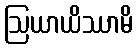
ဩယာယိဿာမိ